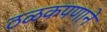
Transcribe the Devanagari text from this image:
ठळकपणाने